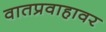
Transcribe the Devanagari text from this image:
वातप्रवाहावर